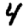
Digit: 4